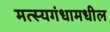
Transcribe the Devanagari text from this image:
मत्स्यगंधामधील